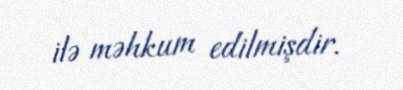
ilə məhkum edilmişdir.